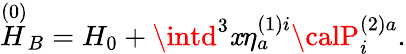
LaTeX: \stackrel{\left(0\right)}{H}_{B}=H_{0}+\intd^{3}\mathit{x}\eta_{a}^{\left(1\right)i}{\calP}_{i}^{\left(2\right)a}.